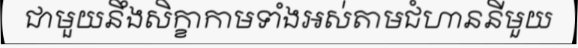
ជាមួយនឹងសិក្ខាកាមទាំងអស់តាមជំហាននីមួយ